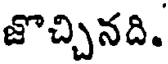
జొచ్చినది.